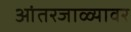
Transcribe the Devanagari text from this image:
आंतरजाळ्यावर